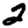
Digit: 2